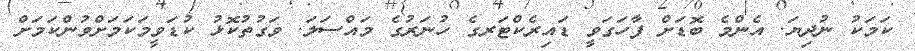
ކަމަކު ނުދިޔަ. އެންމެ ބޮޑަށް ފާހަގަވީ ޑައިރެކްޓަރގެ ހުނަރުގެ މައްސަލަ. ވަގުތުކޮޅު ކުޑަވީމަކަމަށްވުންކަމަށް